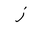
Letter: _zay